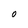
Character: O